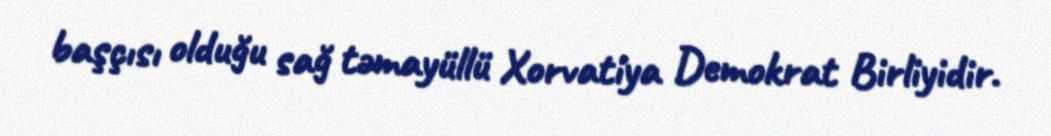
başçısı olduğu sağ təmayüllü Xorvatiya Demokrat Birliyidir.